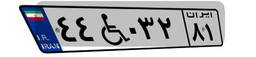
۴۴W۰۳۲۸۱